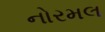
નોરમલ